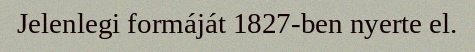
Jelenlegi formáját 1827-ben nyerte el.